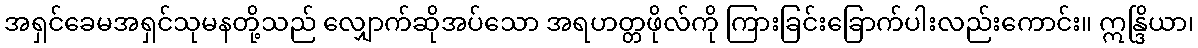
အရှင်ခေမအရှင်သုမနတို့သည် လျှောက်ဆိုအပ်သော အရဟတ္တဖိုလ်ကို ကြားခြင်းခြောက်ပါးလည်းကောင်း။ ဣန္ဒြိယာ၊